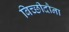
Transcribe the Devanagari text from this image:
बिच्छीदौना